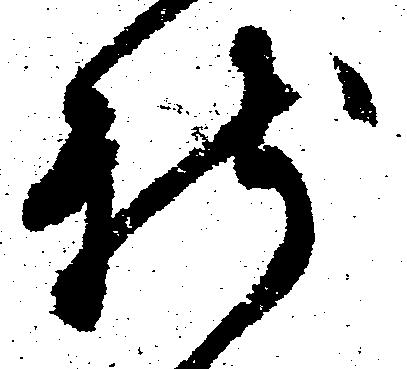
新